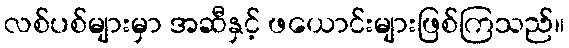
လစ်ပစ်များမှာ အဆီနှင့် ဖယောင်းများဖြစ်ကြသည်။